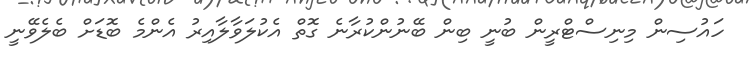
ހައުސިން މިނިސްޓްރީން ބުނީ ބިން ބޭނުންކުރާނެ ގޮތް އެކުލަވާލާއިރު އެންމެ ބޮޑަށް ބެލެވޭނީ